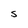
Character: S